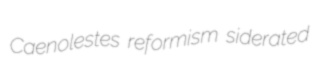
Caenolestes reformism siderated